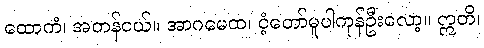
ထောကံ၊ အတန်ငယ်။ အာဂမေထ၊ ငံ့တော်မူပါကုန်ဦးလော့။ ဣတိ၊